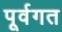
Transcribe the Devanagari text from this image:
पूर्वगत